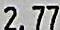
2.77